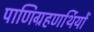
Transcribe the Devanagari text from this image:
पाणिग्रहणर्थियों